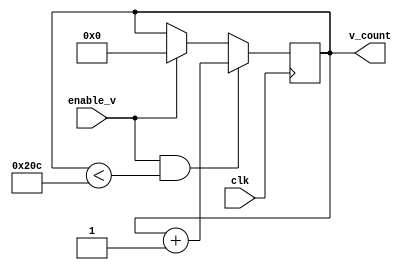
//module v_counter(clk, enable_v, v_count);
//    input clk;
//    input enable_v;
//    output [9:0] v_count;
//    reg [9:0] v_count;
//    initial v_count = 0;
//    always @ (posedge clk)
//    begin
//    if (enable_v == 1)
//    begin
//        if (v_count < 524)
//            begin
//                v_count <= v_count +1;
//            end 
//        else 
//            begin
//                v_count <= 0;
//            end 
//     end 
//     end      
//endmodule       
   
   

`timescale 1ns / 1ps
module v_counter(clk,enable_v,v_count);
    input clk;
    input enable_v;
    output [9:0] v_count;
    reg [9:0] v_count;
    initial v_count=0;
    
    always @ (posedge clk)
    begin
    if ((enable_v)&(v_count<524))
    begin
    v_count<=v_count+1;
    end
    else if (enable_v)
    begin
    v_count<=0;
    end
    end                              
endmodule